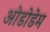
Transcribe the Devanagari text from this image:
ओडोडेम